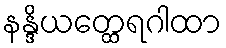
နန္ဒိယတ္ထေရဂါထာ